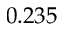
0 . 2 3 5